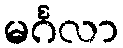
မင်္ဂလာ